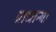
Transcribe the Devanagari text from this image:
प्राधान्य।